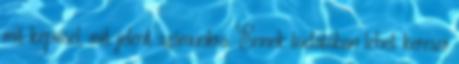
mit képvisel, mit jelent számunkra. Ennek tudatában lehet keresni